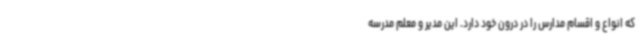
که انواع و اقسام مدارس را در درون خود دارد. این مدیر و معلم مدرسه